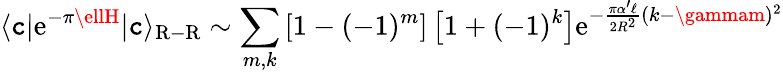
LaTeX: \langle\mathtt{c}|\mathrm{{e}}^{-\pi\ellH}|\mathtt{c}\rangle_{\mathrm{{R-R}}}\sim\sum_{m,k}\left[1-(-1)^{m}\right]\left[1+(-1)^{k}\right]\mathrm{{e}}^{-{\frac{{\pi\alpha^{\prime}\ell}}{{2R^{2}}}}(k-\gammam)^{2}}